Scottish Leaving Certificate Examination, 1957
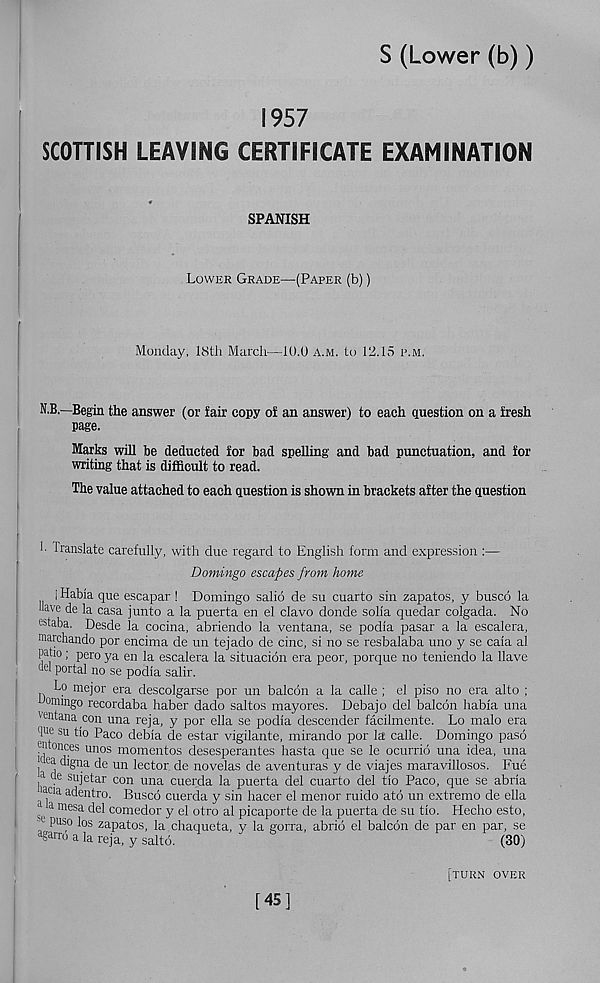
S (Lower (b))
1957
SCOTTISH LEAVING CERTIFICATE EXAMINATION
SPANISH
Lower Grade—(Paper (b))
Monday, 18th March—10.0 a.m. to 12.15 p.m.
N.B.—Begin the answer (or fair copy of an answer) to each question on a fresh
page.
Marks will be deducted for bad spelling and bad punctuation, and for
writing that is difficult to read.
The value attached to each question is shown in brackets after the question
!• Translate carefully, with due regard to English form and expression :—
Domingo escapes from home
i Habia que escapar ! Domingo salio de su cuarto sin zapatos, y bused la
Have de la casa junto a la puerta en el clavo donde solia quedar colgada. No
estaba. Desde la cocina, abriendo la ventana, se podia pasar a la escalera,
marchando por encima de un tejado de cine, si no se resbalaba uno y se caia al
paho; pero ya en la escalera la situacidn era peor, porque no teniendo la Have
portal no se podia salir.
Lo mejor era descolgarse por un balcdn a la calle ; el piso no era alto ;
ommgo recordaba haber dado saltos mayores. Debajo del balcdn habia una
ventana con una reja, y por ella se podia descender facilmente. Lo malo era
< l ue su tio Paco debia de estar vigilante, mirando por la calle. Domingo pasd
Monces unos mementos desesperantes hasta que se le ocurrid una idea, una
jcea digna de un lector de novelas de aventuras y de viajes maravillosos. Fue
a de sujetar con una cuerda la puerta del cuarto del tio Paco, que se abria
acia adentro. Bused cuerda y sin hacer el menor ruido atd un extremo de ella
se
a mesa del comedor y el otro al picaporte de la puerta de su tio. Hecho esto,
puso los zapatos, la chaqueta, y la gorra, abrid el balcdn de par en par, se
agarro a la reja, y saltd.
(30)
[45]
[turn over